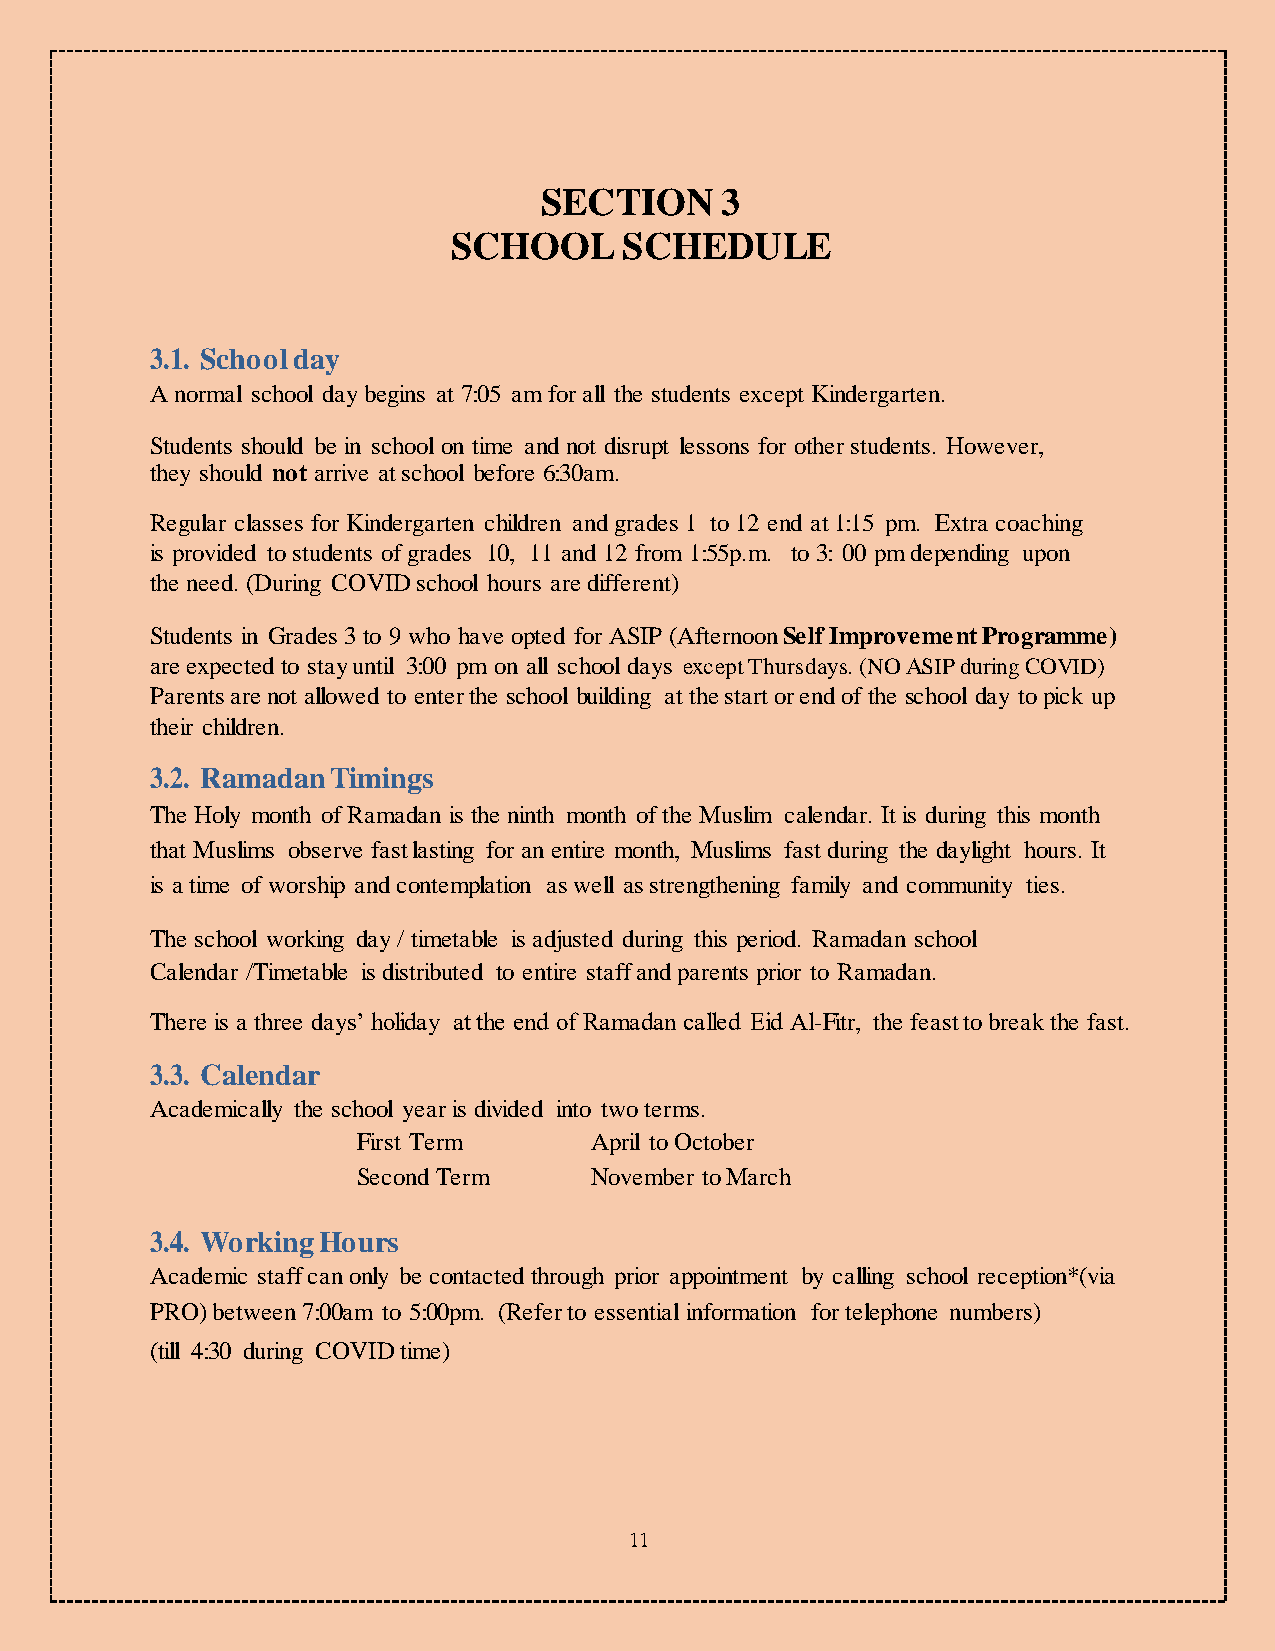
SECTION     3
 SCHOOL     SCHEDULE
 3.1. School day
 A normal school day begins at 7:05 am for all the students except Kindergarten.
 Students should be in school on time and not disrupt lessons for other students. However,
 they should not arrive at school before 6:30am.
 Regular classes for Kindergarten children and grades 1 to 12 end at 1:15 pm. Extra coaching
 is provided to students of grades 10, 11 and 12 from 1:55p.m. to 3: 00 pm depending upon
 the need. (During COVID school hours are different)
 Students in Grades 3 to 9 who have opted for ASIP (Afternoon Self Improvement Programme)
 are expected to stay until 3:00 pm on all school days except Thursdays. (NO ASIP during COVID)
 Parents are not allowed to enter the school building at the start or end of the school day to pick up
 their children.
 3.2. Ramadan Timings
 The Holy month of Ramadan is the ninth month of the Muslim calendar. It is during this month
 that Muslims observe fast lasting for an entire month, Muslims fast during the daylight hours. It
 is a time of worship and contemplation as well as strengthening family and community ties.
 The school working day / timetable is adjusted during this period. Ramadan school
 Calendar /Timetable is distributed to entire staff and parents prior to Ramadan.
 There is a three days’ holiday at the end of Ramadan called Eid Al-Fitr, the feast to break the fast.
 3.3. Calendar
 Academically the school year is divided into two terms.
 First Term     April to October
 Second Term    November to March
 3.4. Working Hours
 Academic staff can only be contacted through prior appointment by calling school reception*(via
 PRO) between 7:00am to 5:00pm. (Refer to essential information for telephone numbers)
 (till 4:30 during COVID time)
 11